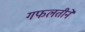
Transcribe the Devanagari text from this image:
गफलतीने